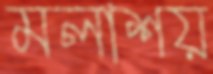
মলাশয়